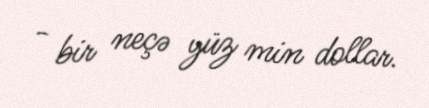
- bir neçə yüz min dollar.